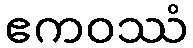
ဧကဝဿံ